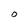
Character: O